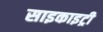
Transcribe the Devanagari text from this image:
साइकाइट्री